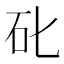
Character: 䂗